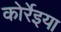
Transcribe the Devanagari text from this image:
कोर्रेइया